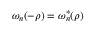
\omega _ { n } ( - \rho ) = { \omega } _ { n } ^ { * } ( \rho )